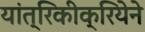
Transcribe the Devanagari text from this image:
यांत्रिकीक्रियेने